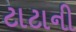
ટાટાની